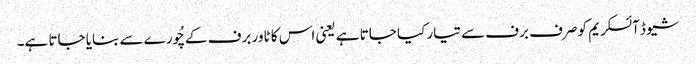
شیوڈ آئسکریم کو صرف برف سے تیار کیا جاتا ہے یعنی اس کا ٹاور برف کے چُورے سے بنایا جاتا ہے۔